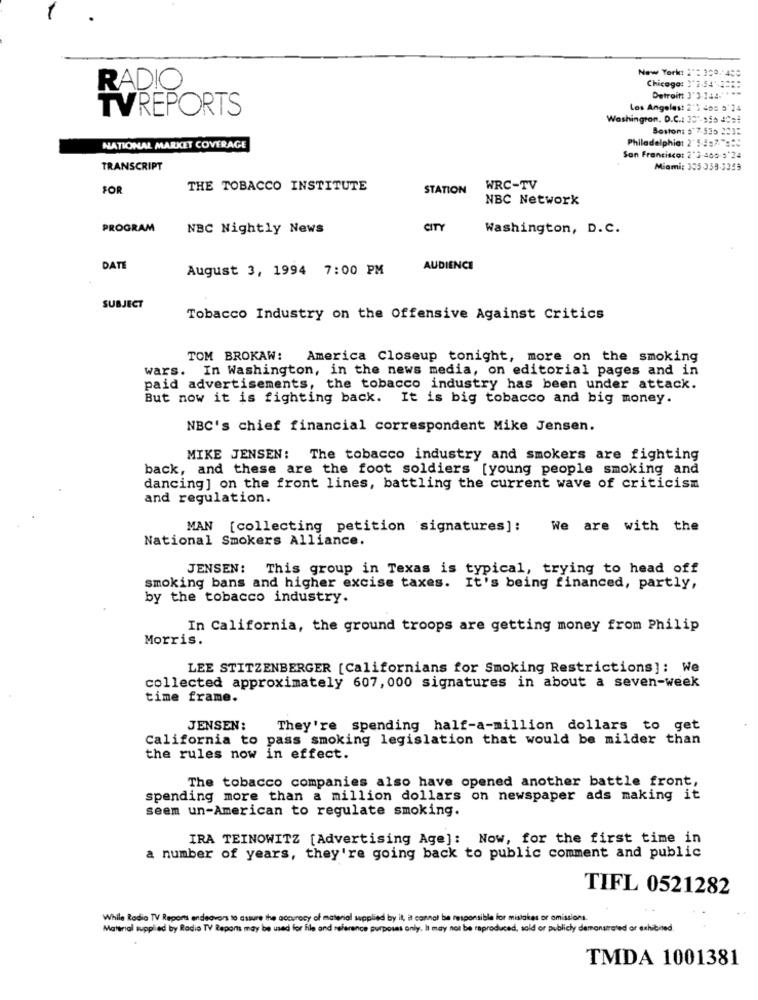
New York: 2": 320. 450
RADIO
Chicago: 1'2 -54' 2 ==
...
Detroit: 3'3-144-"
TVREPORTS
Los Angeles: 2'3 408 6 24
Washington, D.C .: 30"-955 4Cet
Boston: # 7,535 223:
Philadelphia: 2' 5 4:7." :::
NATIONAL MARKET COVERAGE
San Francisco: 2'3-400-5'24
TRANSCRIPT
Miami: 305 359-3359
FOR
THE TOBACCO INSTITUTE
STATION
WRC-TV
NBC Network
PROGRAM
NBC Nightly News
CITY
Washington, D.C.
DATE
August 3, 1994 7:00 PM
AUDIENCE
SUBJECT
Tobacco Industry on the Offensive Against Critics
TOM BROKAW:
America Closeup tonight, more on the smoking
wars. In Washington, in the news media, on editorial pages and in
paid advertisements, the tobacco industry has been under attack.
But now it is fighting back. It is big tobacco and big money.
NBC's chief financial correspondent Mike Jensen.
MIKE JENSEN: The tobacco industry and smokers are fighting
back, and these are the foot soldiers [young people smoking and
dancing] on the front lines, battling the current wave of criticism
and regulation.
MAN [collecting petition signatures]: We are with the
National Smokers Alliance.
JENSEN: This group in Texas is typical, trying to head off
smoking bans and higher excise taxes. It's being financed, partly,
by the tobacco industry.
In California, the ground troops are getting money from Philip
Morris.
LEE STITZENBERGER [Californians for Smoking Restrictions]: We
collected approximately 607, 000 signatures in about a seven-week
time frame.
JENSEN:
They're spending half-a-million dollars to get
California to pass smoking legislation that would be milder than
the rules now in effect.
The tobacco companies also have opened another battle front,
spending more than a million dollars on newspaper ads making it
seem un-American to regulate smoking.
IRA TEINOWITZ [Advertising Age]: Now, for the first time in
a number of years, they're going back to public comment and public
TIFL 0521282
While Radio TV Reports endeavors to assure the accuracy of material supplied by it, it cannot be responsible for mistakes or omissions.
Material supplied by Radio TV Reports may be used for file and reference purposes only. It may not be reproduced, sold or publicly demonstrated or exhibited.
TMDA 1001381